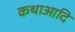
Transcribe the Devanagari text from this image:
कथाआदि